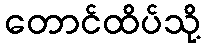
တောင်ထိပ်သို့